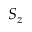
S _ { z }